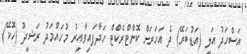
އަސްހަދު އަލީ (އަޑުބަރޭ) ދެ އަހަރަށް ކޮންޓްރެކްޓް ހަދާފައިވާއިރު މުހައްމަދު ރަޝީދު (ހޮކޭ)